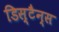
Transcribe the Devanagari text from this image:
डिस्टैन्स